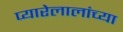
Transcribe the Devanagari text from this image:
प्यारेलालांच्या